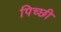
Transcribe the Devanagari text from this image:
पिच्छी